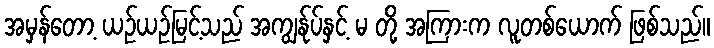
အမှန်တော့ ယဉ်ယဉ်မြင့်သည် အကျွန်ုပ်နှင့် မ တို့ အကြားက လူတစ်ယောက် ဖြစ်သည်။